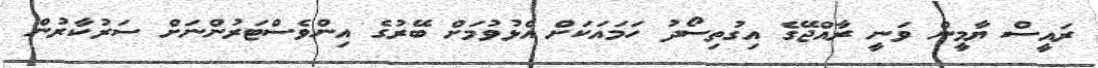
ރައީސް ޔާމީން ވަނީ ރާއްޖޭގެ އިގުތިސޯދު ހަމައަކަށް އެޅުވުމަށް ބޭރުގެ އިންވެސްޓަރުންނަށް ސަރުކާރުން